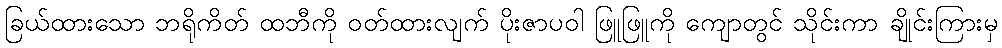
ခြယ်ထားသော ဘရိုကိတ် ထဘီကို ဝတ်ထားလျက် ပိုးဇာပဝါ ဖြူဖြူကို ကျောတွင် သိုင်းကာ ချိုင်းကြားမှ